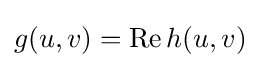
g(u,v)=\operatorname {Re} h(u,v)